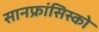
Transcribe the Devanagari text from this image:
सानफ्रांसिस्को